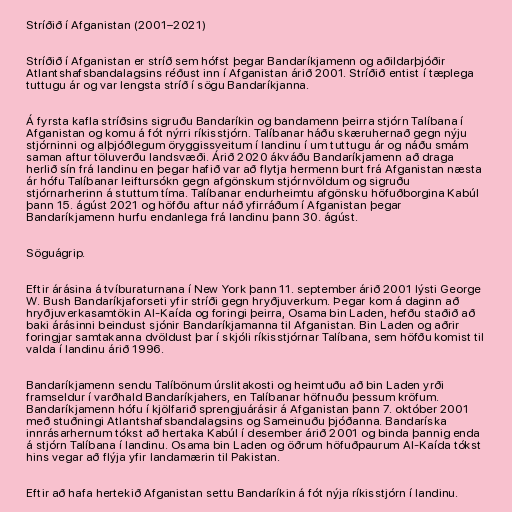
Stríðið í Afganistan (2001–2021)

Stríðið í Afganistan er stríð sem hófst þegar Bandaríkjamenn og aðildarþjóðir
Atlantshafsbandalagsins réðust inn í Afganistan árið 2001. Stríðið entist í tæplega
tuttugu ár og var lengsta stríð í sögu Bandaríkjanna.

Á fyrsta kafla stríðsins sigruðu Bandaríkin og bandamenn þeirra stjórn Talíbana í
Afganistan og komu á fót nýrri ríkisstjórn. Talíbanar háðu skæruhernað gegn nýju
stjórninni og alþjóðlegum öryggissveitum í landinu í um tuttugu ár og náðu smám
saman aftur töluverðu landsvæði. Árið 2020 ákváðu Bandaríkjamenn að draga
herlið sín frá landinu en þegar hafið var að flytja hermenn burt frá Afganistan næsta
ár hófu Talíbanar leiftursókn gegn afgönskum stjórnvöldum og sigruðu
stjórnarherinn á stuttum tíma. Talíbanar endurheimtu afgönsku höfuðborgina Kabúl
þann 15. ágúst 2021 og höfðu aftur náð yfirráðum í Afganistan þegar
Bandaríkjamenn hurfu endanlega frá landinu þann 30. ágúst.

Söguágrip.

Eftir árásina á tvíburaturnana í New York þann 11. september árið 2001 lýsti George
W. Bush Bandaríkjaforseti yfir stríði gegn hryðjuverkum. Þegar kom á daginn að
hryðjuverkasamtökin Al-Kaída og foringi þeirra, Osama bin Laden, hefðu staðið að
baki árásinni beindust sjónir Bandaríkjamanna til Afganistan. Bin Laden og aðrir
foringjar samtakanna dvöldust þar í skjóli ríkisstjórnar Talíbana, sem höfðu komist til
valda í landinu árið 1996.

Bandaríkjamenn sendu Talíbönum úrslitakosti og heimtuðu að bin Laden yrði
framseldur í varðhald Bandaríkjahers, en Talíbanar höfnuðu þessum kröfum.
Bandaríkjamenn hófu í kjölfarið sprengjuárásir á Afganistan þann 7. október 2001
með stuðningi Atlantshafsbandalagsins og Sameinuðu þjóðanna. Bandaríska
innrásarhernum tókst að hertaka Kabúl í desember árið 2001 og binda þannig enda
á stjórn Talíbana í landinu. Osama bin Laden og öðrum höfuðpaurum Al-Kaída tókst
hins vegar að flýja yfir landamærin til Pakistan.

Eftir að hafa hertekið Afganistan settu Bandaríkin á fót nýja ríkisstjórn í landinu.